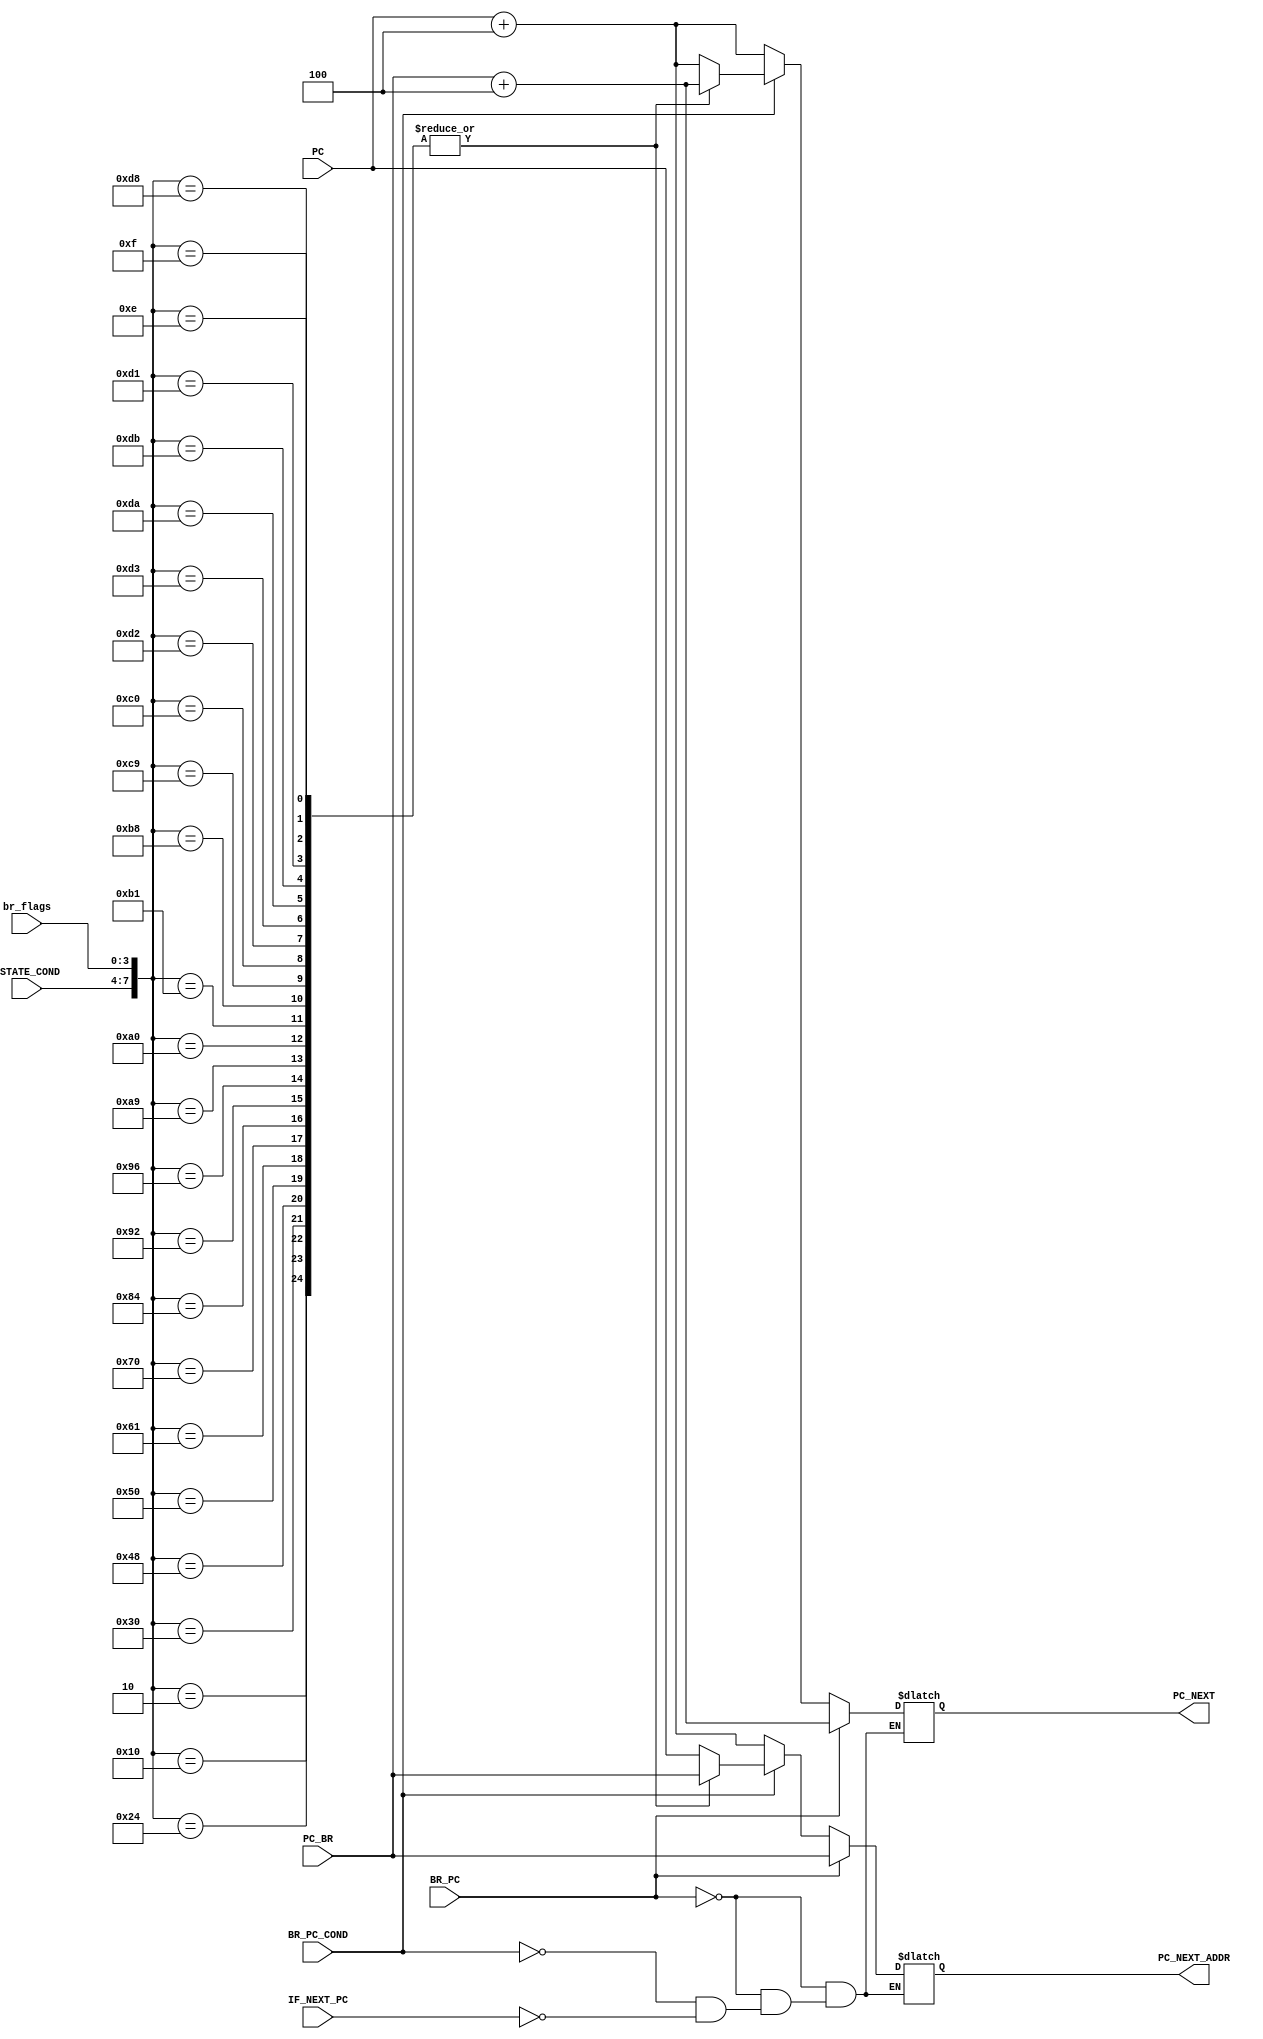
module IF(IF_NEXT_PC,
          BR_PC,
          BR_PC_COND,
          PSTATE_COND,
          PC_BR,
          PC,
          br_flags,
          PC_NEXT,
          PC_NEXT_ADDR);
    
    // br_flags: NCZV
    
    input IF_NEXT_PC, BR_PC, BR_PC_COND;
    input [3:0] PSTATE_COND, br_flags;
    input [31:0] PC_BR, PC;
    
    output reg [31:0] PC_NEXT, PC_NEXT_ADDR;
    
    always @(*) begin
        if (BR_PC == 1'b1) begin
            PC_NEXT = PC_BR + 4;
            PC_NEXT_ADDR = PC_BR;
        end
        else if (BR_PC_COND == 1'b1) begin
            
            case({PSTATE_COND, br_flags})
                {4'b0000, 4'b0010} : 
                    begin
                        PC_NEXT = PC_BR + 4;
                        PC_NEXT_ADDR = PC_BR;
                    end
                {4'b0001, 4'b0000} :
                    begin
                        PC_NEXT = PC_BR + 4;
                        PC_NEXT_ADDR = PC_BR;
                    end
                {4'b0010, 4'b0100} :
                    begin
                        PC_NEXT <= PC_BR + 4;
                        PC_NEXT_ADDR <= PC_BR;
                    end
                {4'b0011, 4'b0000} :
                    begin
                        PC_NEXT <= PC_BR + 4;
                        PC_NEXT_ADDR <= PC_BR;
                    end
                {4'b0100, 4'b1000} :
                    begin
                        PC_NEXT <= PC_BR + 4;
                        PC_NEXT_ADDR <= PC_BR;
                    end
                {4'b0101, 4'b0000} :
                    begin
                        PC_NEXT <= PC_BR + 4;
                        PC_NEXT_ADDR <= PC_BR;
                    end
                {4'b0110, 4'b0001} :
                    begin
                        PC_NEXT <= PC_BR + 4;
                        PC_NEXT_ADDR <= PC_BR;
                    end
                {4'b0111, 4'b0000} :
                    begin
                        PC_NEXT <= PC_BR + 4;
                        PC_NEXT_ADDR <= PC_BR;
                    end
                {4'b1000, 4'b0100} :
                    begin
                        PC_NEXT <= PC_BR + 4;
                        PC_NEXT_ADDR <= PC_BR;
                    end
                {4'b1001, 4'b0010} :
                    begin
                        PC_NEXT <= PC_BR + 4;
                        PC_NEXT_ADDR <= PC_BR;
                    end
                {4'b1001, 4'b0110} :
                    begin
                        PC_NEXT <= PC_BR + 4;
                        PC_NEXT_ADDR <= PC_BR;
                    end
                {4'b1010, 4'b1001} :
                    begin
                        PC_NEXT <= PC_BR + 4;
                        PC_NEXT_ADDR <= PC_BR;
                    end
                {4'b1010, 4'b0000} :
                    begin
                        PC_NEXT <= PC_BR + 4;
                        PC_NEXT_ADDR <= PC_BR;
                    end
                {4'b1011, 4'b0001} :
                    begin
                        PC_NEXT <= PC_BR + 4;
                        PC_NEXT_ADDR <= PC_BR;
                    end
                {4'b1011, 4'b1000} :
                    begin
                        PC_NEXT <= PC_BR + 4;
                        PC_NEXT_ADDR <= PC_BR;
                    end
                {4'b1100, 4'b1001} :
                    begin
                        PC_NEXT <= PC_BR + 4;
                        PC_NEXT_ADDR <= PC_BR;
                    end
                {4'b1100, 4'b0000} :
                    begin
                        PC_NEXT <= PC_BR + 4;
                        PC_NEXT_ADDR <= PC_BR;
                    end
                {4'b1101, 4'b0010} :
                    begin
                        PC_NEXT <= PC_BR + 4;
                        PC_NEXT_ADDR <= PC_BR;
                    end
                {4'b1101, 4'b0011} :
                    begin
                        PC_NEXT <= PC_BR + 4;
                        PC_NEXT_ADDR <= PC_BR;
                    end
                {4'b1101, 4'b1010} :
                    begin
                        PC_NEXT <= PC_BR + 4;
                        PC_NEXT_ADDR <= PC_BR;
                    end
                {4'b1101, 4'b1011} :
                    begin
                        PC_NEXT <= PC_BR + 4;
                        PC_NEXT_ADDR <= PC_BR;
                    end
                {4'b1101, 4'b0010} :
                    begin
                        PC_NEXT <= PC_BR + 4;
                        PC_NEXT_ADDR <= PC_BR;
                    end
                {4'b1101, 4'b0001} :
                    begin
                        PC_NEXT <= PC_BR + 4;
                        PC_NEXT_ADDR <= PC_BR;
                    end
                {4'b1101, 4'b1000} :
                    begin
                        PC_NEXT <= PC_BR + 4;
                        PC_NEXT_ADDR <= PC_BR;
                    end
                {4'b1110} :
                    begin
                        PC_NEXT <= PC_BR + 4;
                        PC_NEXT_ADDR <= PC_BR;
                    end
                {4'b1111} :
                    begin
                        PC_NEXT <= PC_BR + 4;
                        PC_NEXT_ADDR <= PC_BR;
                    end
                default :
                    begin
                        PC_NEXT <= PC + 4;
                        PC_NEXT_ADDR <= PC;
                    end
            endcase
            
        end
        else if (IF_NEXT_PC == 1'b1) begin
            PC_NEXT <= PC + 4;
            PC_NEXT_ADDR <= PC + 4;
        end
        
    end
    

endmodule